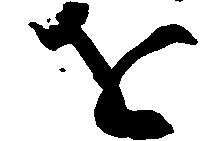
を